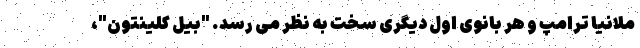
ملانیا ترامپ و هر بانوی اول دیگری سخت به نظر می رسد. "بیل کلینتون"،